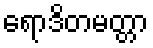
ရောဒိတမတ္တာ